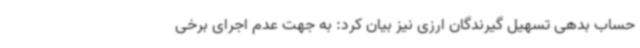
حساب بدهی تسهیل گیرندگان ارزی نیز بیان کرد: به جهت عدم اجرای برخی